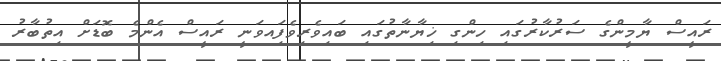
ރައީސް ޔާމީންގެ ސަރުކާރުގައި ހިންގި ޚިޔާނާތުގައި ބައިވެރިވެފަިއވަނީ ރައީސް އެންމެ ބޮޑަށް އިތުބާރު